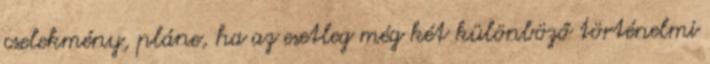
cselekmény, pláne, ha az esetleg még két különböző történelmi